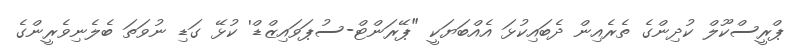
ޕްރީސްކޫލް ކުދިންގެ ތެރެއިން ދެބައިކުޅަ އެއްބަޔަކީ "ޕޭރަންޓް-ސުޕަވައިޒްޑް' ކުޅޭ ގަޑި ނުވަތަ ބެލެނިވެރީންގެ